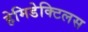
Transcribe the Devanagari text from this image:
हेमिडेक्टिलस